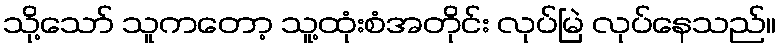
သို့သော် သူကတော့ သူ့ထုံးစံအတိုင်း လုပ်မြဲ လုပ်နေသည်။